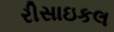
રીસાઇકલ